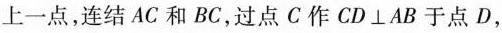
上一点，连结AC和BC，过点C作CD⊥AB于点D，